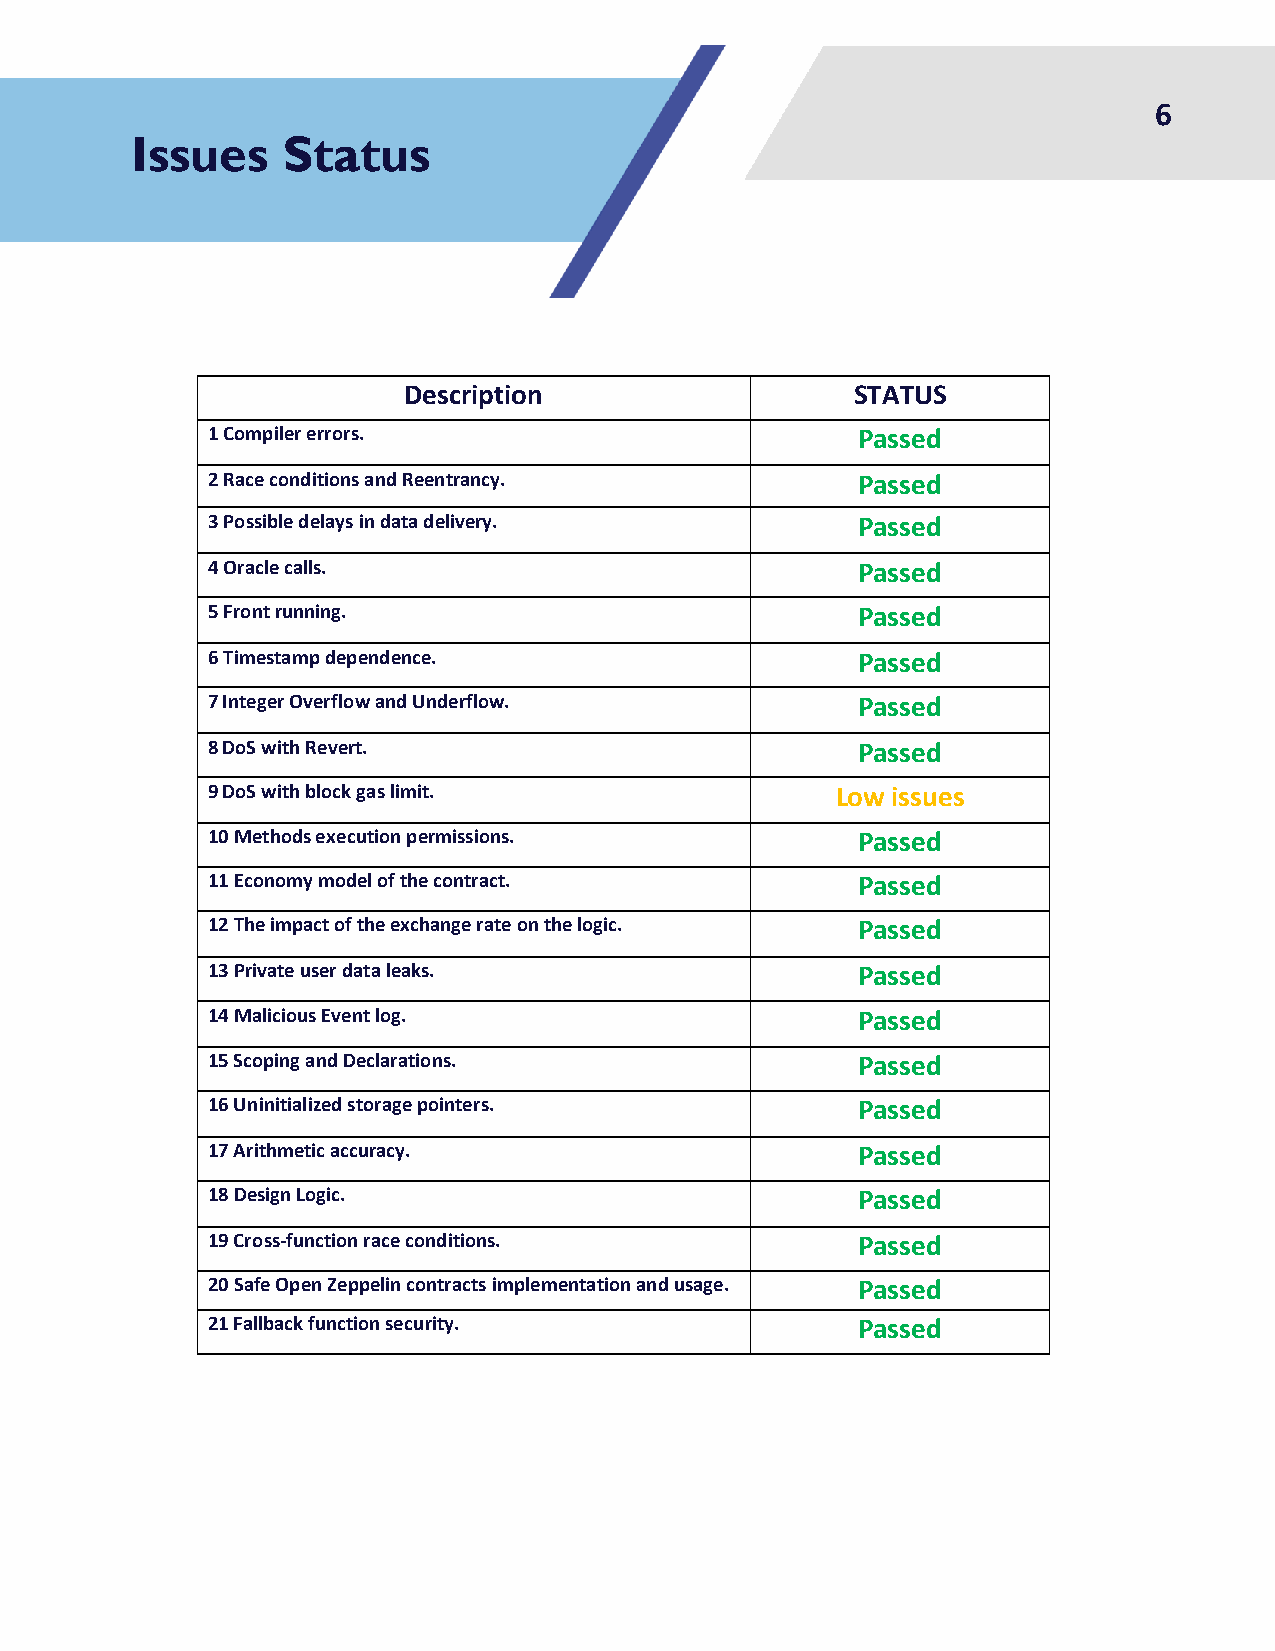
6
 Issues    Status
 Description                   STATUS
 1 Compiler errors.                         Passed
 2 Race conditions and Reentrancy.          Passed
 3 Possible delays in data delivery.        Passed
 4 Oracle calls.                            Passed
 5 Front running.                           Passed
 6 Timestamp dependence.                    Passed
 7 Integer Overflow and Underflow.          Passed
 8 DoS with Revert.                         Passed
 9 DoS with block gas limit.              Low issues
 10 Methods execution permissions.          Passed
 11 Economy model of the contract.          Passed
 12 The impact of the exchange rate on the logic. Passed
 13 Private user data leaks.                Passed
 14 Malicious Event log.                    Passed
 15 Scoping and Declarations.               Passed
 16 Uninitialized storage pointers.         Passed
 17 Arithmetic accuracy.                    Passed
 18 Design Logic.                           Passed
 19 Cross-function race conditions.         Passed
 20 Safe Open Zeppelin contracts implementation and usage. Passed
 21 Fallback function security.             Passed